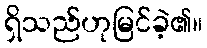
ရှိသည်ဟုမြင်ခဲ့၏။